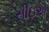
સીઇએ